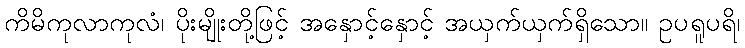
ကိမိကုလာကုလံ၊ ပိုးမျိုးတို့ဖြင့် အနှောင့်နှောင့် အယှက်ယှက်ရှိသော။ ဥပရူပရိ၊